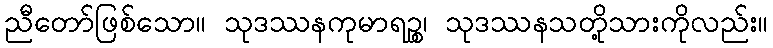
ညီတော်ဖြစ်သော။ သုဒဿနကုမာရဉ္စ၊ သုဒဿနသတို့သားကိုလည်း။